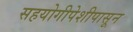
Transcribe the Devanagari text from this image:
सहयोगीपेशीपासून